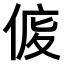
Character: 𠊒